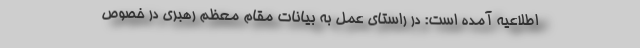
اطلاعیه آمده است: در راستای عمل به بیانات مقام معظم رهبری در خصوص